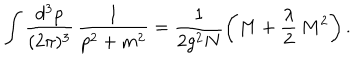
\int \frac { d ^ { 3 } p } { ( 2 \pi ) ^ { 3 } } \, \frac { 1 } { p ^ { 2 } + m ^ { 2 } } = \frac { 1 } { 2 g ^ { 2 } N } \left( M + \frac { \lambda } { 2 } \, M ^ { 2 } \right) .